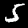
Label: 5